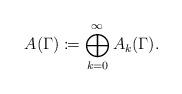
LaTeX: \begin{align*} A(\Gamma) \coloneqq \bigoplus_{k=0}^\infty A_k(\Gamma).\end{align*}